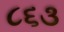
૮૬૩